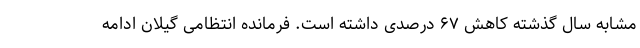
مشابه سال گذشته کاهش ۶۷ درصدی داشته است. فرمانده انتظامی گیلان ادامه